65_HS1-834228961_62-HQ-83894_Section_9
Agency: FBI
Page 281
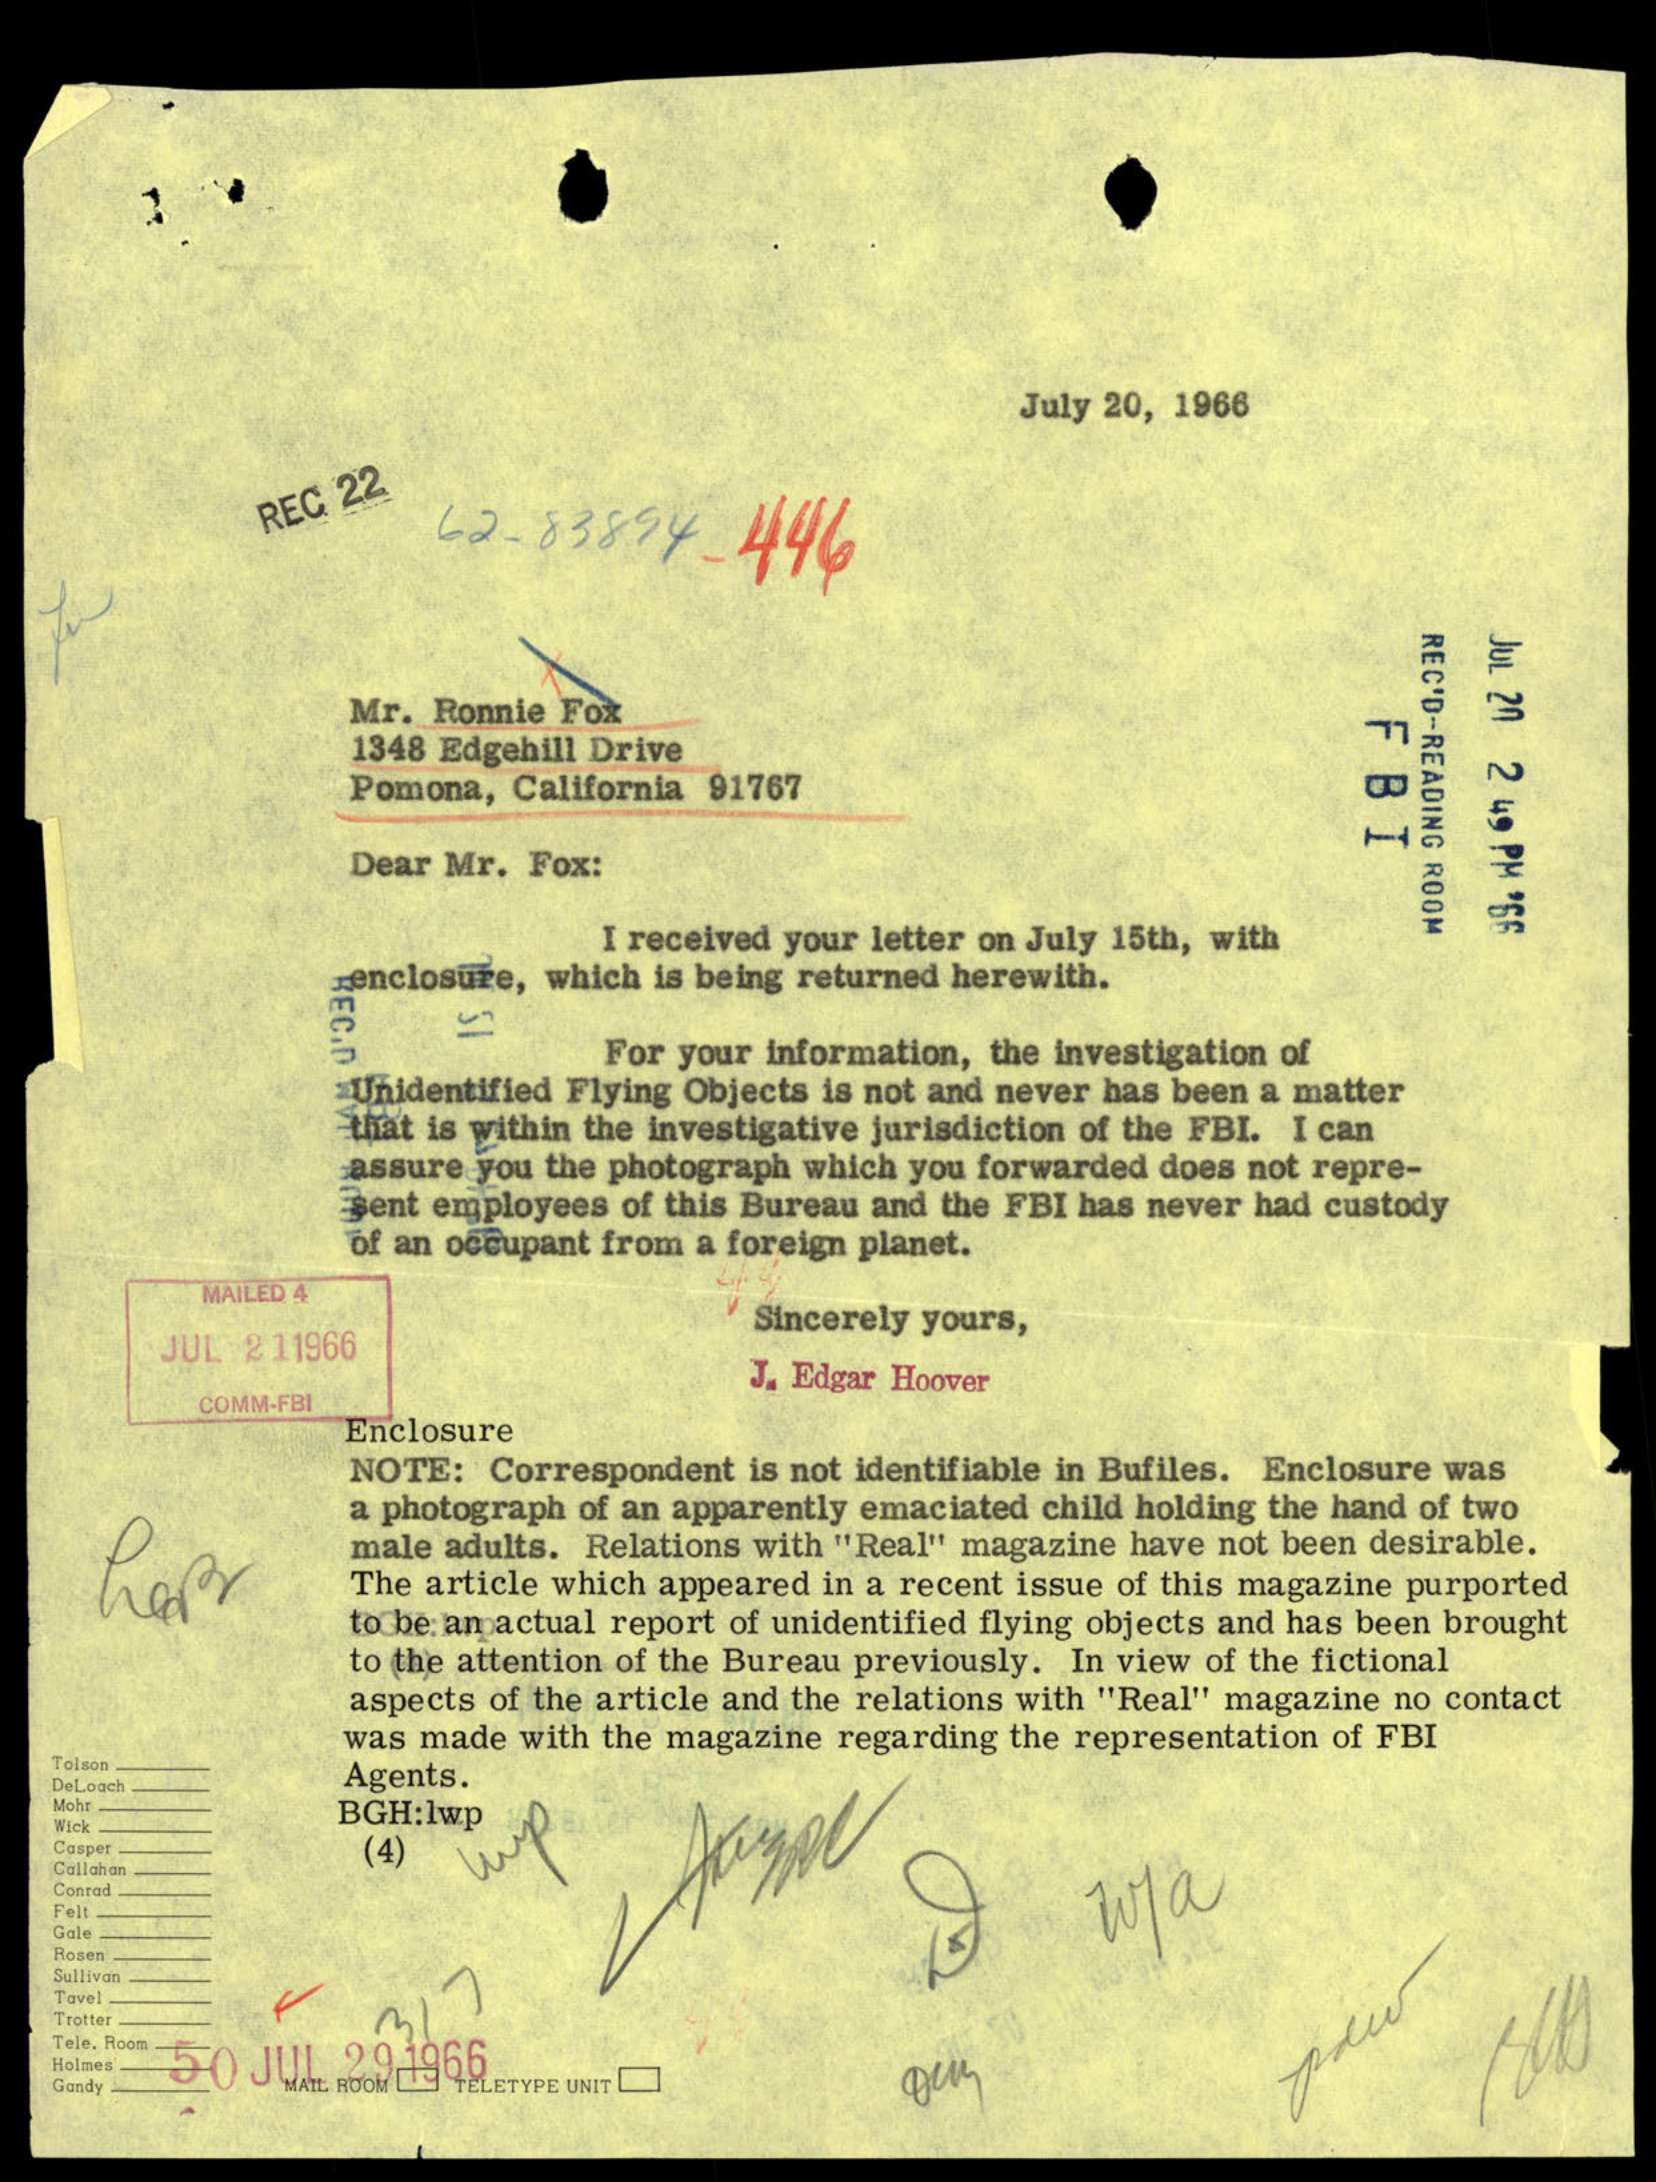